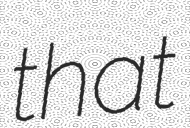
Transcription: that